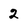
Character: 2